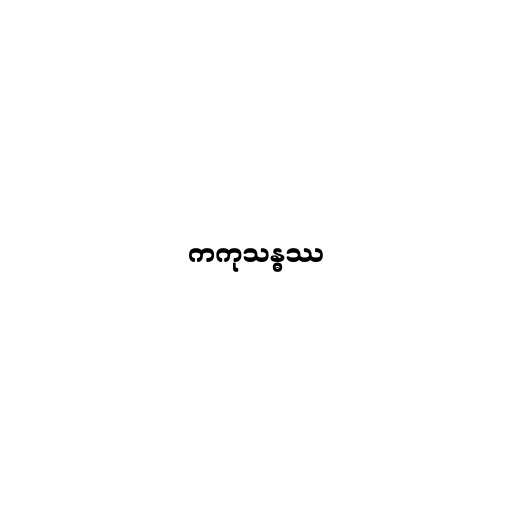
ကကုသန္ဓဿ